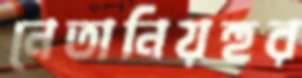
নেতানিয়হুর